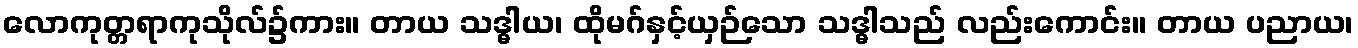
လောကုတ္တရာကုသိုလ်၌ကား။ တာယ သဒ္ဓါယ၊ ထိုမဂ်နှင့်ယှဉ်သော သဒ္ဓါသည် လည်းကောင်း။ တာယ ပညာယ၊